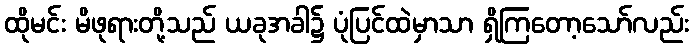
ထိုမင်း မိဖုရားတို့သည် ယခုအခါ၌ ပုံပြင်ထဲမှာသာ ရှိကြတော့သော်လည်း